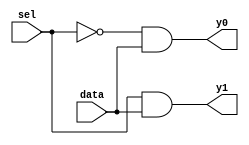
module Demux(

    input sel,

    input data,

    output y0,

    output y1

    );

wire sn;

not(sn,sel);

and(y0,sn,data);

and(y1,sel,data);

endmodule